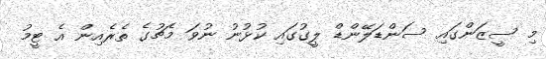
މި ސީޒަންގައި ސަންޑަލޭންޑް ލީގުގައި ކުޅުނު ނުވަ މެޗުގެ ތެރެއިން އެ ޓީމު